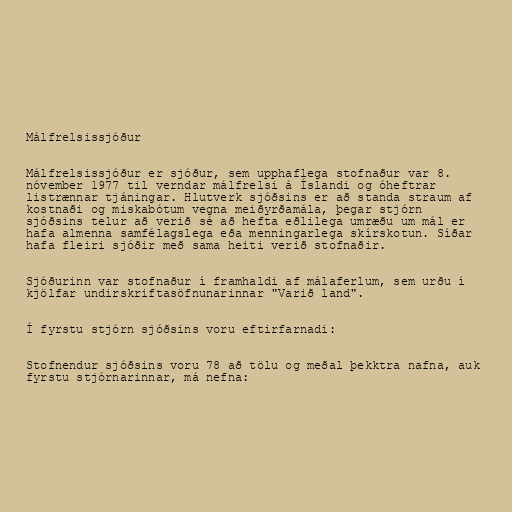
Málfrelsissjóður

Málfrelsissjóður er sjóður, sem upphaflega stofnaður var 8.
nóvember 1977 til verndar málfrelsi á Íslandi og óheftrar
listrænnar tjáningar. Hlutverk sjóðsins er að standa straum af
kostnaði og miskabótum vegna meiðyrðamála, þegar stjórn
sjóðsins telur að verið sé að hefta eðlilega umræðu um mál er
hafa almenna samfélagslega eða menningarlega skírskotun. Síðar
hafa fleiri sjóðir með sama heiti verið stofnaðir.

Sjóðurinn var stofnaður í framhaldi af málaferlum, sem urðu í
kjölfar undirskriftasöfnunarinnar "Varið land".

Í fyrstu stjórn sjóðsins voru eftirfarnadi:

Stofnendur sjóðsins voru 78 að tölu og meðal þekktra nafna, auk
fyrstu stjórnarinnar, má nefna: